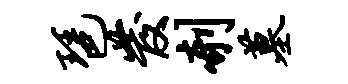
琶发剞墓